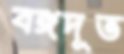
বঙ্গদূত